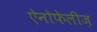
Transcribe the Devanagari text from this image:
ऐनोफेलीज़